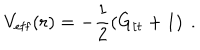
V _ { \mathrm { e f f } } ( r ) = - \frac { 1 } { 2 } \left( G _ { t t } + 1 \right) \ .